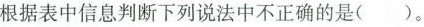
根据表中信息判断下列说法中不正确的是( )。